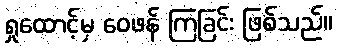
ရှုထောင့်မှ ဝေဖန် ကြခြင်း ဖြစ်သည်။